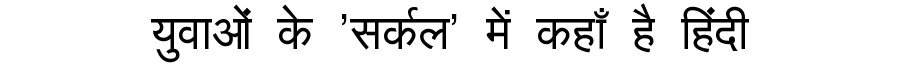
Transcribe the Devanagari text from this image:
युवाओं के 'सर्कल' में कहाँ है हिंदी